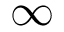
\infty